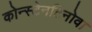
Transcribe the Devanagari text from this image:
कोन्स्टेनटिनोवा